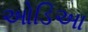
ઓડિઆ